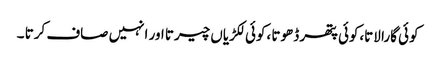
کوئی گارا لاتا،کوئی پتھر ڈھوتا ،کوئی لکڑیاں چیرتا اور انہیں صاف کرتا ۔